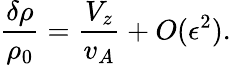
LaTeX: \frac{\delta\rho}{\rho_{0}}=\frac{V_{z}}{v_{A}}+O(\epsilon^{2}).